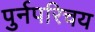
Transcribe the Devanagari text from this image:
पुर्नपरिचय